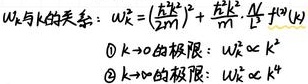
$W_k与k的关系：W_k=(\frac{\hbar k}{2m})^2 + \frac{\hbar^2 k^4}{m^2} \cdot \frac{M - m}{M + m} + o(k^4)$
\textcircled{1} $k \to 0$的极限：$W_k \propto k^2$
\textcircled{2} $k \to \infty$的极限：$W_k \propto k^4$